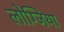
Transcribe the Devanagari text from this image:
लोग्जिया